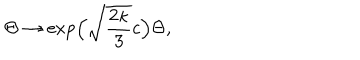
\Theta \to \exp \! \Big ( \sqrt { \frac { 2 \kappa } { 3 } } c \Big ) \Theta ,